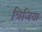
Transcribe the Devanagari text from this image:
त्रिजिया